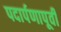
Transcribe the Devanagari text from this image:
पदार्पणापूर्वी